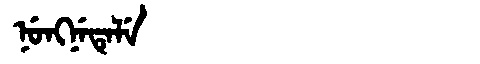
Manchu: ᠨᡠᠩᠨᡝᡨᡝᠯᡝ
Romanization: NUNGNETELE